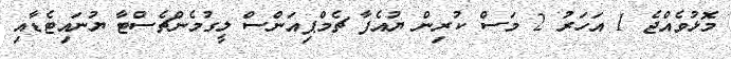
މޮޅުވެއްޖެ 1 އަހަރު 2 މަސް ކުރިން ޔުއެފާ ޗެމްޕިއަންސް ލީގުމެންޗެސްޓާ ޔުނައިޓެޑާއި